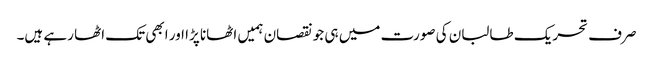
صرف تحریک طالبان کی صورت میں ہی جو نقصان ہمیں اٹھانا پڑا اور ابھی تک اٹھا رہے ہیں۔